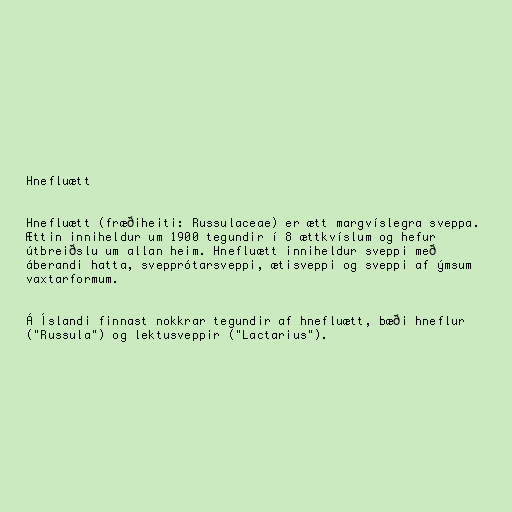
Hnefluætt

Hnefluætt (fræðiheiti: Russulaceae) er ætt margvíslegra sveppa.
Ættin inniheldur um 1900 tegundir í 8 ættkvíslum og hefur
útbreiðslu um allan heim. Hnefluætt inniheldur sveppi með
áberandi hatta, svepprótarsveppi, ætisveppi og sveppi af ýmsum
vaxtarformum.

Á Íslandi finnast nokkrar tegundir af hnefluætt, bæði hneflur
("Russula") og lektusveppir ("Lactarius").